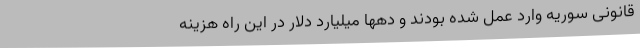
قانونی سوریه وارد عمل شده بودند و دهها میلیارد دلار در این راه هزینه